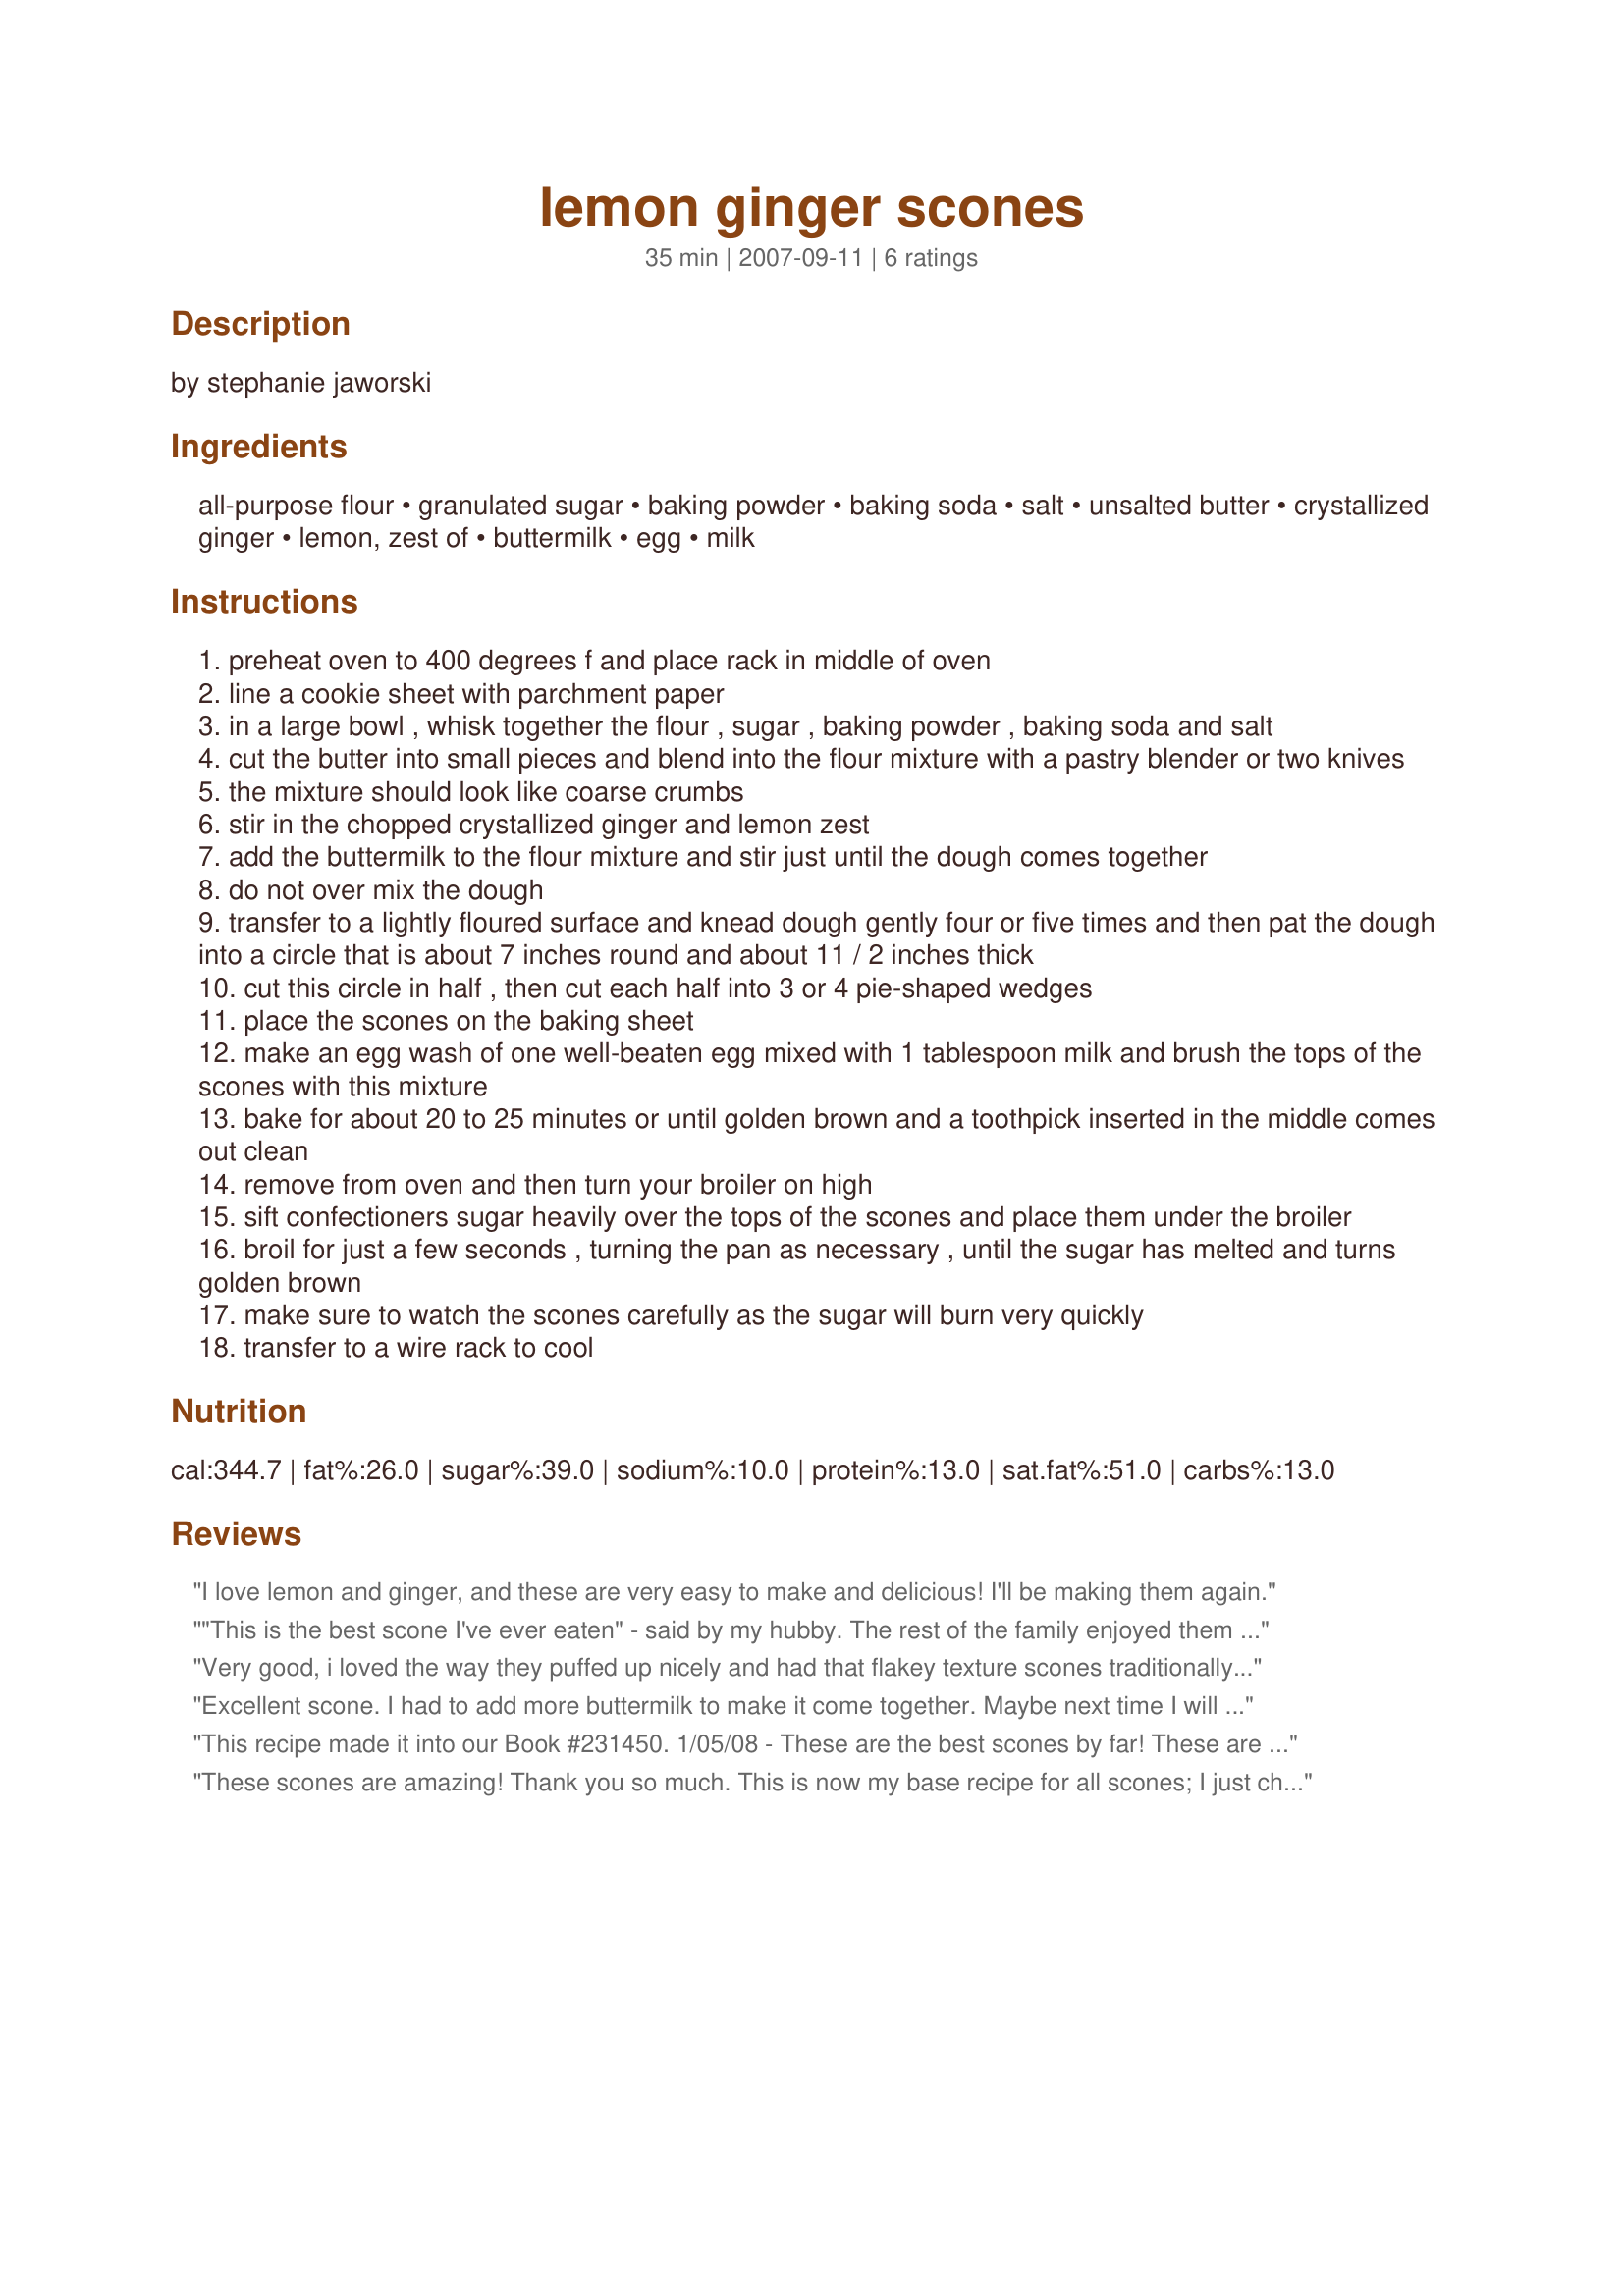
lemon ginger scones
Preparation time: 35 minutes

by stephanie jaworski

Ingredients:
all-purpose flour, granulated sugar, baking powder, baking soda, salt, unsalted butter, crystallized ginger, lemon, zest of, buttermilk, egg, milk

Steps:
preheat oven to 400 degrees f and place rack in middle of oven
line a cookie sheet with parchment paper
in a large bowl , whisk together the flour , sugar , baking powder , baking soda and salt
cut the butter into small pieces and blend into the flour mixture with a pastry blender or two knives
the mixture should look like coarse crumbs
stir in the chopped crystallized ginger and lemon zest
add the buttermilk to the flour mixture and stir just until the dough comes together
do not over mix the dough
transfer to a lightly floured surface and knead dough gently four or five times and then pat the dough into a circle that is about 7 inches round and about 11 / 2 inches thick
cut this circle in half , then cut each half into 3 or 4 pie-shaped wedges
place the scones on the baking sheet
make an egg wash of one well-beaten egg mixed with 1 tablespoon milk and brush the tops of the scones with this mixture
bake for about 20 to 25 minutes or until golden brown and a toothpick inserted in the middle comes out clean
remove from oven and then turn your broiler on high
sift confectioners sugar heavily over the tops of the scones and place them under the broiler
broil for just a few seconds , turning the pan as necessary , until the sugar has melted and turns golden brown
make sure to watch the scones carefully as the sugar will burn very quickly
transfer to a wire rack to cool

Reviews:
I love lemon and ginger, and these are very easy to make and delicious! I'll be making them again.
"This is the best scone I've ever eaten" - said by my hubby. The rest of the family enjoyed them as well, although one of the teens pulled out all the bits of ginger! I might do as 2Bleu did and reduce the ginger slightly next time, and increase the lemon zest. These were very flaky and light and sweet. Thanks for this great recipe.
Very good, i loved the way they puffed up nicely and had that flakey texture scones traditionally have. The top was ACE. I loved it. Dont skip out on the top! Thanks Sue L!
Excellent scone. I had to add more buttermilk to make it come together. Maybe next time I will add lemon juice instead. I used Recipe #102933 for the ginger. They are great and will enjoy as a mid-morning or afternoon snack.
This recipe made it into our Book #231450. 1/05/08 - These are the best scones by far! These are perfectly moist and very flavorful. The browning of the powdered sugar on top makes these wonderful little 'crunchies' that are so fun and yummy to eat! We first made these in Jan 08' and substituted 1 tsp of ground ginger for the crystallized ginger. We now use the crystalized ginger, but only half the amount called for and it's perfect for us. We also use 1/2 tsp lemon peel for the zest and make the whole thing in a food processor. We make these about once a month, they are that good! This is a must try recipe for scones!
These scones are amazing! Thank you so much. This is now my base recipe for all scones; I just change the flavors occasionally. (Although the ginger lemon is such a great combination, no change is needed!)
